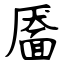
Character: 靥